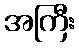
အကြီး